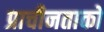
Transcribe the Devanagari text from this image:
प्राचीनताको